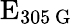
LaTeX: \textrm{E}_{305\, \mathrm{G}}